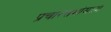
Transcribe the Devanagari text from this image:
प्रचारसभांमध्ये